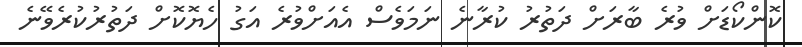
ކޮންކޯޑަށް ވުރެ ބާރަށް ދަތުރު ކުރާނެ ނަމަވެސް އެއަށްވުރެ އަގު ހެޔޮކޮށް ދަތުރުކުރެވޭނެ